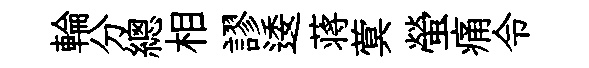
輪分總相謬逶蒋蓂螢痛令